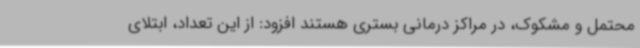
محتمل و مشکوک، در مراکز درمانی بستری هستند افزود: از این تعداد، ابتلای